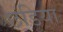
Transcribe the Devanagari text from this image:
छडिया